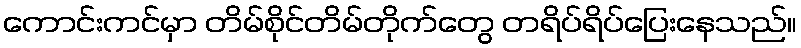
ကောင်းကင်မှာ တိမ်စိုင်တိမ်တိုက်တွေ တရိပ်ရိပ်ပြေးနေသည်။